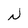
Character: N